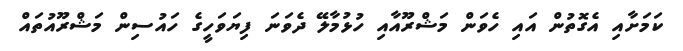
ކަަމަށާއި އެގޮތުން އައި ހެވަން މަޝްރޫއާއި ހުޅުމާލޭ ދެވަނަ ފިޔަވަހީގެ ހައުސިން މަޝްރޫއުތައް